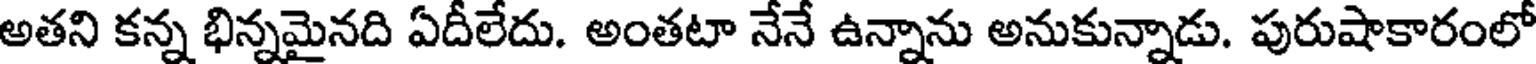
అతని కన్న భిన్నమైనది ఏదీలేదు. అంతటా నేనే ఉన్నాను అనుకున్నాడు. పురుషాకారంలో